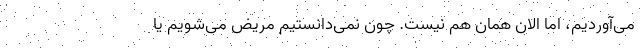
می‌آوردیم، اما الان همان هم نیست. چون نمی‌دانستیم مریض می‌شویم یا